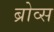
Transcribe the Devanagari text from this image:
ब्रोव्स